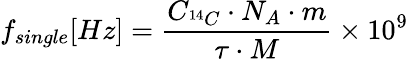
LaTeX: f_{single}[Hz]=\frac{C_{^{14}C}\cdot N_{A}\cdot m}{\tau\cdot M}\times 10^{9}